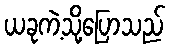
ယခုကဲ့သို့ပြောသည်